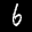
Label: 6